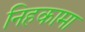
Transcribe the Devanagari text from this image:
निहकामा